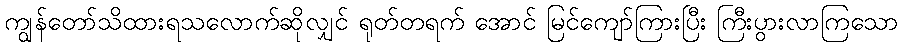
ကျွန်တော်သိထားရသလောက်ဆိုလျှင် ရုတ်တရက် အောင် မြင်ကျော်ကြားပြီး ကြီးပွားလာကြသော